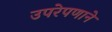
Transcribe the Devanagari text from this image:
उपरेपणाने